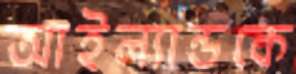
আইল্যান্ডকে